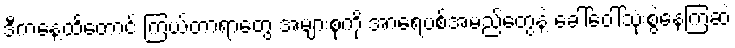
ဒီကနေ့ထိတောင် ကြယ်တာရာတွေ အများစုကို အာရေဗစ်အမည်တွေနဲ့ ခေါ်ဝေါ်သုံးစွဲနေကြဆဲ